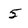
Character: 5